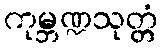
ကုမ္ဘဏ္ဍသုတ္တံ